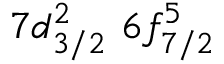
7 d _ { 3 / 2 } ^ { 2 } \, \, 6 f _ { 7 / 2 } ^ { 5 } \, \,